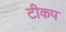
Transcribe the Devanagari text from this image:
टीकप